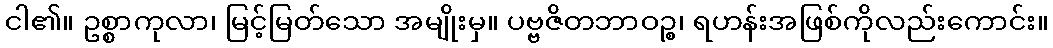
ငါ၏။ ဥစ္စာကုလာ၊ မြင့်မြတ်သော အမျိုးမှ။ ပဗ္ဗဇိတဘာဝဉ္စ၊ ရဟန်းအဖြစ်ကိုလည်းကောင်း။